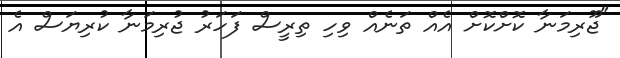
"ޖޫރިމަނާ ކޮށްކޮށް އެއް ތަނެއް ވިހި ތިރީސް ފަހަރު ޖުރިމަނާ ކުރިޔަސް އެ